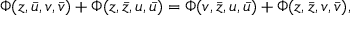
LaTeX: \Phi ( z , \bar { u } , v , \bar { v } ) + \Phi ( z , \bar { z } , u , \bar { u } ) = \Phi ( v , \bar { z } , u , \bar { u } ) + \Phi ( z , \bar { z } , v , \bar { v } ) ,